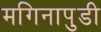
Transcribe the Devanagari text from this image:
मगिनापुडी